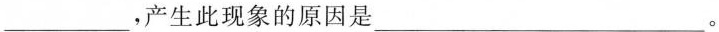
___，产生此现象的原因是___.